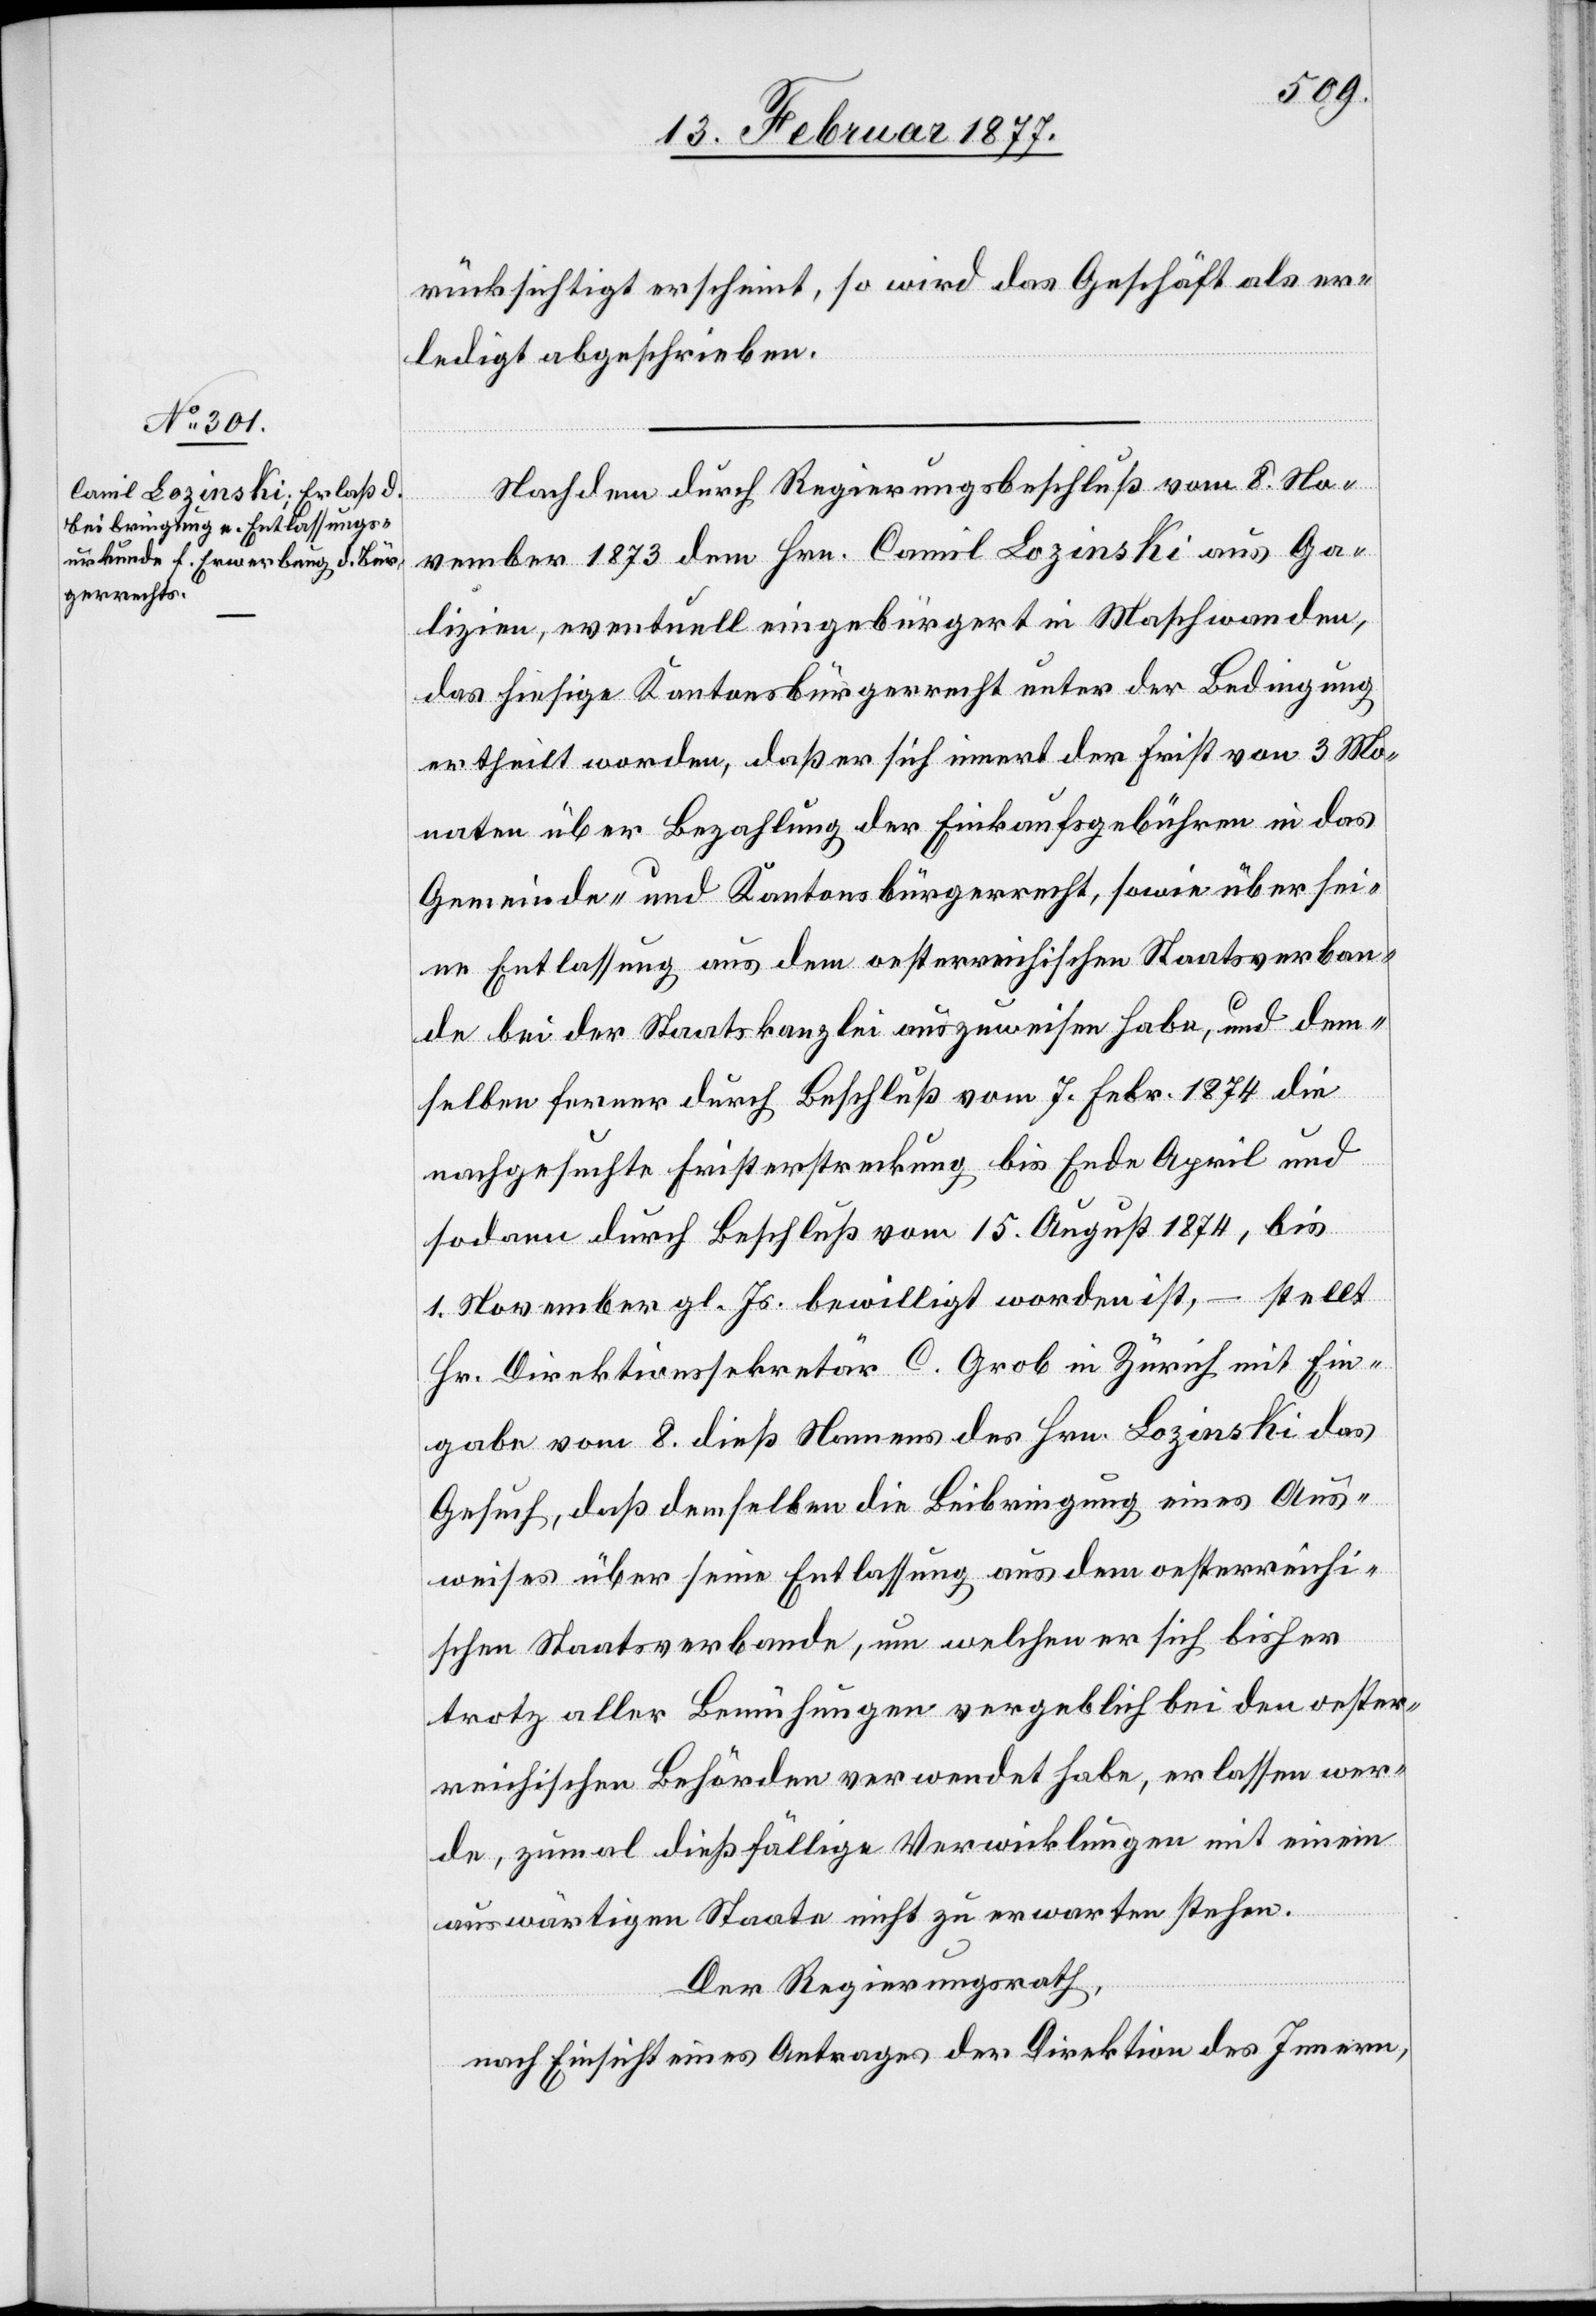
rücksichtigt erscheint, so wird das Geschäft als er¬
ledigt abgeschrieben.
Nachdem durch Regierungsbeschluß vom 8. No¬
vember 1873 dem Hrn. Camil Lozinski aus Ga¬
lizien, eventuell eingebürgert in Maschwanden,
das hiesige Kantonsbürgerrecht unter der Bedingung
ertheilt worden, daß er sich innert der First von 3 Mo¬
naten über Bezahlung der Einkaufsgebühren in das
Gemeinde- und Kantonsbürgerrecht, sowie über sei¬
ne Entlassung aus dem oesterreichischen Staatsverban¬
de bei der Staatskanzlei auszuweisen habe, und dem¬
selben ferner durch Beschluß vom 7. Febr. 1874 die
nachgesuchte Fristerstreckung bis Ende April und
sodann durch Beschluß vom 15. August 1874, bis
1. November gl. Js. bewilligt worden ist, – stellt
Hr. Direktionssekretär C. Grob in Zürich mit Ein¬
gabe vom 8. dieß Namens des Hrn. Lozinski das
Gesuch, daß demselben die Beibringung eines Aus¬
weises über seine Entlassung aus dem oesterreichi¬
schen Staatsverbande, um welchen er sich bisher
trotz aller Bemühungen vergeblich bei den oester¬
reichischen Behörden verwendet habe, erlassen wer¬
de, zumal dießfällige Verwicklungen mit einem
auswärtigen Staate nicht zu erwarten stehen.
Der Regierungsrath,
nach Einsicht eines Antrages der Direktion des Innern,